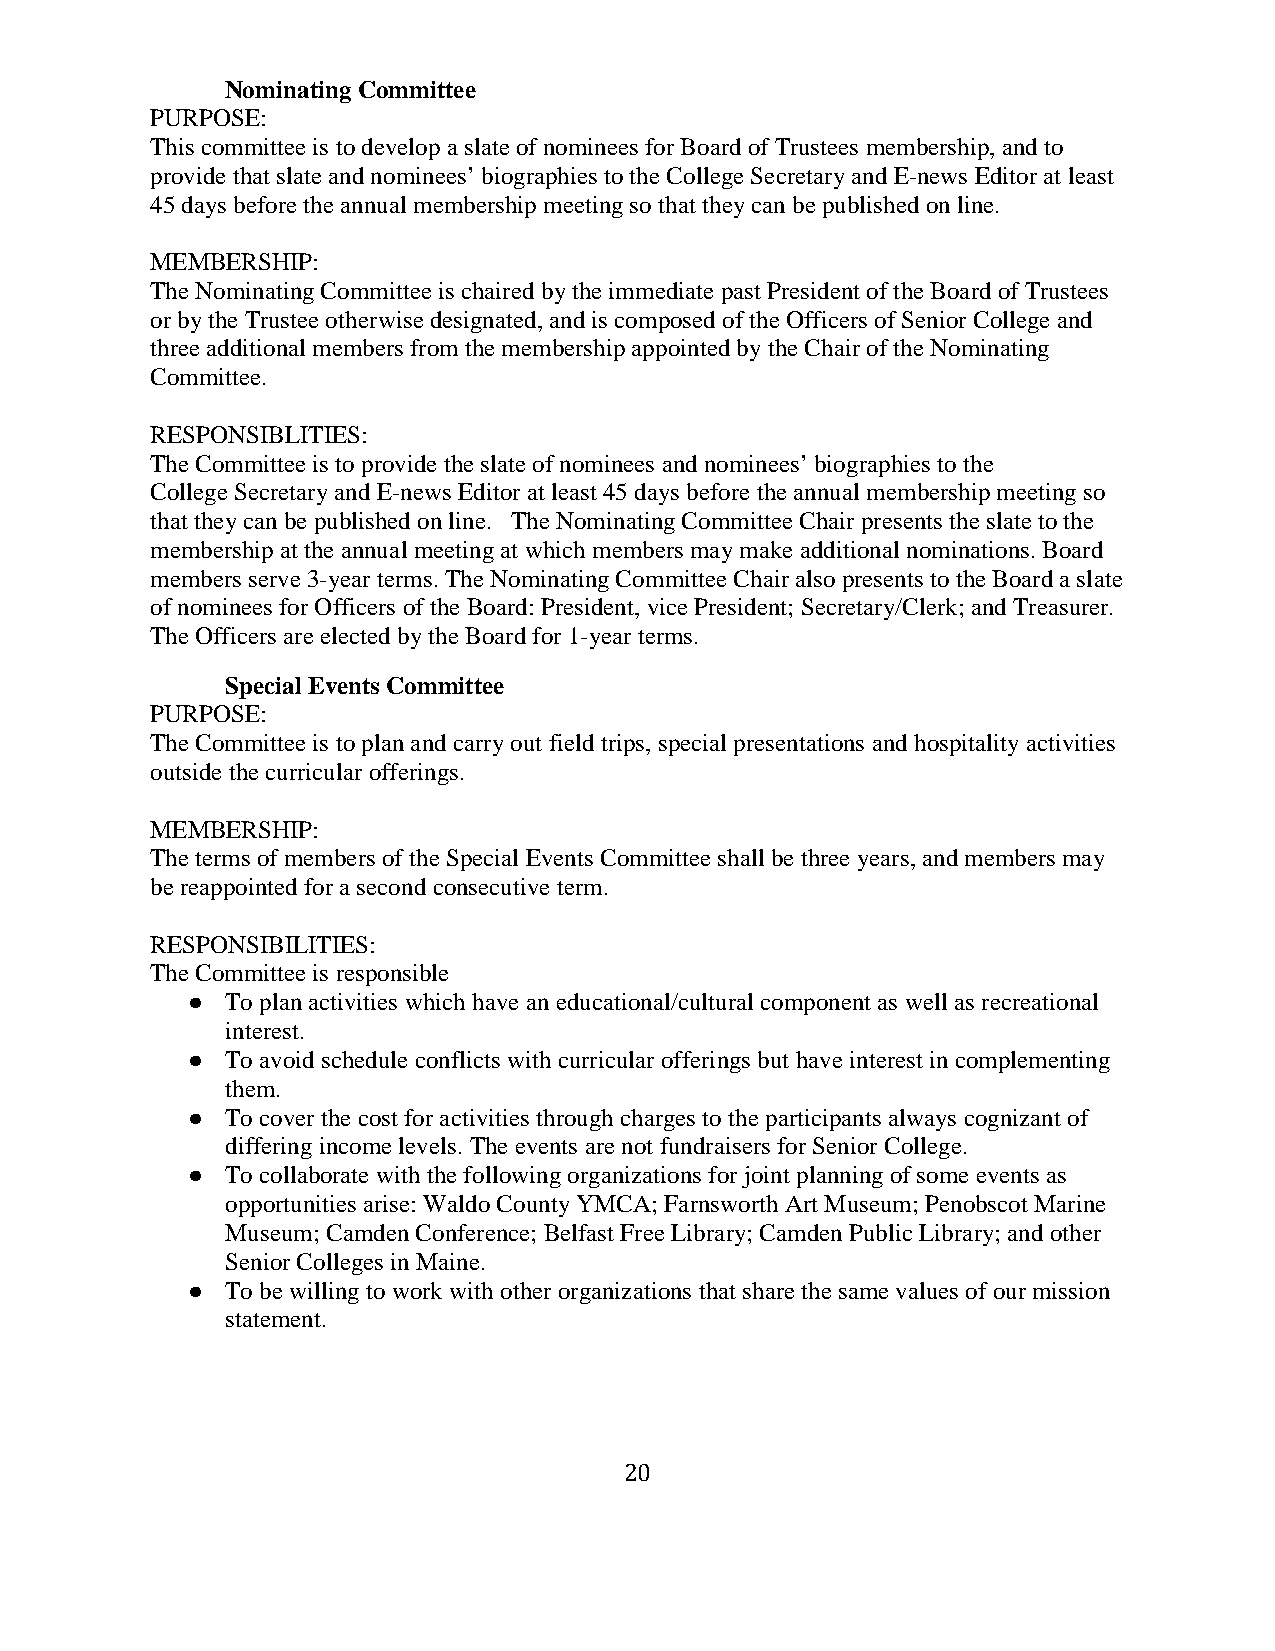
Nominating Committee
 PURPOSE:
 This committee is to develop a slate of nominees for Board of Trustees membership, and to
 provide that slate and nominees’ biographies to the College Secretary and E-news Editor at least
 45 days before the annual membership meeting so that they can be published on line.
 MEMBERSHIP:
 The Nominating Committee is chaired by the immediate past President of the Board of Trustees
 or by the Trustee otherwise designated, and is composed of the Officers of Senior College and
 three additional members from the membership appointed by the Chair of the Nominating
 Committee.
 RESPONSIBLITIES:
 The Committee is to provide the slate of nominees and nominees’ biographies to the
 College Secretary and E-news Editor at least 45 days before the annual membership meeting so
 that they can be published on line. The Nominating Committee Chair presents the slate to the
 membership at the annual meeting at which members may make additional nominations. Board
 members serve 3-year terms. The Nominating Committee Chair also presents to the Board a slate
 of nominees for Officers of the Board: President, vice President; Secretary/Clerk; and Treasurer.
 The Officers are elected by the Board for 1-year terms.
 Special Events Committee
 PURPOSE:
 The Committee is to plan and carry out field trips, special presentations and hospitality activities
 outside the curricular offerings.
 MEMBERSHIP:
 The terms of members of the Special Events Committee shall be three years, and members may
 be reappointed for a second consecutive term.
 RESPONSIBILITIES:
 The Committee is responsible
 ●  To plan activities which have an educational/cultural component as well as recreational
 interest.
 ●  To avoid schedule conflicts with curricular offerings but have interest in complementing
 them.
 ●  To cover the cost for activities through charges to the participants always cognizant of
 differing income levels. The events are not fundraisers for Senior College.
 ●  To collaborate with the following organizations for joint planning of some events as
 opportunities arise: Waldo County YMCA; Farnsworth Art Museum; Penobscot Marine
 Museum; Camden Conference; Belfast Free Library; Camden Public Library; and other
 Senior Colleges in Maine.
 ●  To be willing to work with other organizations that share the same values of our mission
 statement.
 20